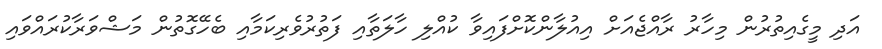
އަދި މީގެއިތުރުން މިހާރު ރާއްޖެއަށް އިއުލާންކޮށްފައިވާ ކުއްލި ހާލަތާއި ފަތުުރުވެރިކަމާއި ބެހޭގޮތުން މަޝްވަރާކުރައްވައި